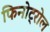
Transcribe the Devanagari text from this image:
फिनोट्रोल